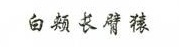
白颊长臂猿